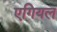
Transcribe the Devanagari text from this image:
एगियल